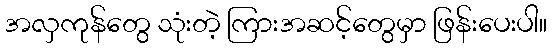
အလှကုန်တွေ သုံးတဲ့ ကြားအဆင့်တွေမှာ ဖြန်းပေးပါ။